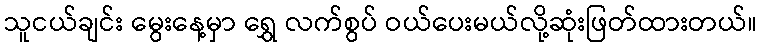
သူငယ်ချင်း မွေးနေ့မှာ ရွှေ လက်စွပ် ဝယ်ပေးမယ်လို့ဆုံးဖြတ်ထားတယ်။